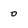
Character: 0